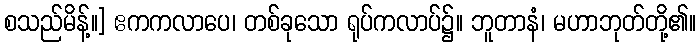
စသည်မိန့်။] ဧကကလာပေ၊ တစ်ခုသော ရုပ်ကလာပ်၌။ ဘူတာနံ၊ မဟာဘုတ်တို့၏။